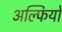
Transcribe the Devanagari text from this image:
अल्फियो